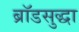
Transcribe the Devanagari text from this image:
ब्रॉडसुद्धा